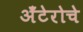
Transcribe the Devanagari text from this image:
अँटेरोचे